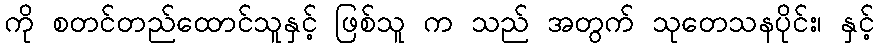
ကို စတင်တည်ထောင်သူနှင့် ဖြစ်သူ က သည် အတွက် သုတေသနပိုင်း၊ နှင့်